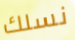
نسلك